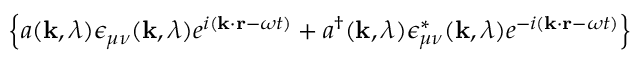
\left\{ a ( { \bf k } , \lambda ) \epsilon _ { \mu \nu } ( { \bf k } , \lambda ) e ^ { i ( { \bf k \cdot r } - \omega t ) } + a ^ { \dagger } ( { \bf k } , \lambda ) \epsilon _ { \mu \nu } ^ { * } ( { \bf k } , \lambda ) e ^ { - i ( { \bf k \cdot r } - \omega t ) } \right\}